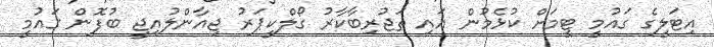
އިޓަލީގެ ގައުމީ ޓީމަށް ކުޅެމުން އައި ތަޖުރިބާކާރު ގޯލްކީޕަރު ޖިއާންލުއިޖީ ބުފޮން ގައުމީ